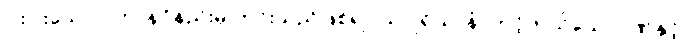
ငါးပါးသော ပဟာနဝိနည်းမှ ကင်းသည်ဖြစ်၍။ သပ္ပုရိယာနံ၊ တင့်တယ်သောဂုဏ်နှင့်